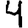
Digit: 4